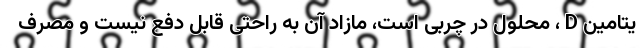
یتامین D ، محلول در چربی است، مازاد آن به راحتی قابل دفع نیست و مصرف